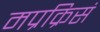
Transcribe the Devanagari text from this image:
मप्रक्रिसं